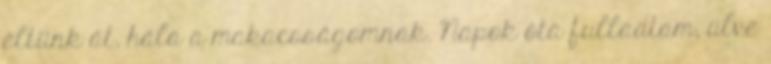
éltünk át, hála a makacsságomnak. Napok óta fulladtam, ülve